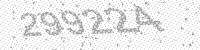
Solution: 299224